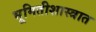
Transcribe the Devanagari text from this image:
भूमितीशास्त्रात